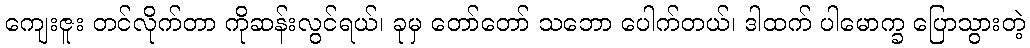
ကျေးဇူး တင်လိုက်တာ ကိုဆန်းလွင်ရယ်၊ ခုမှ တော်တော် သဘော ပေါက်တယ်၊ ဒါထက် ပါမောက္ခ ပြောသွားတဲ့